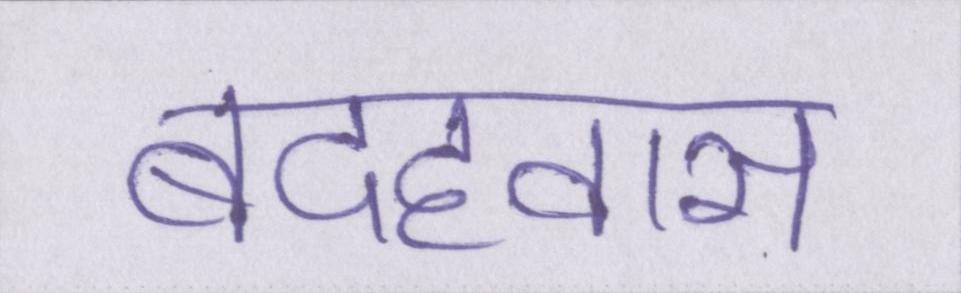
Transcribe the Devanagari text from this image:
बदहवास